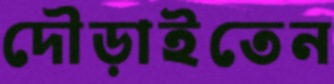
দৌড়াইতেন